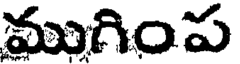
ముగింప